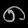
Digit: ၈